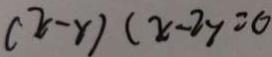
( x - y ) ( x - 2 y = 0